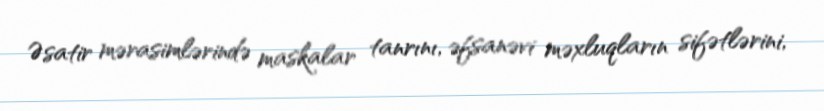
Əsatir mərasimlərində maskalar tanrını, əfsanəvi məxluqların sifətlərini,